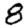
Digit: 8